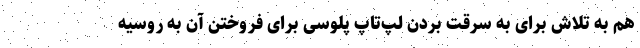
هم به تلاش برای به سرقت بردن لپ‌تاپ پلوسی برای فروختن آن به روسیه